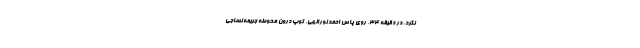
نکرد. در دقیقه ۳۴، روی پاس احمد نورالهی،‌ توپ درون محوطه جریمه نساجی